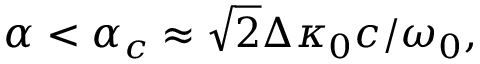
\alpha < \alpha _ { c } \approx \sqrt { 2 } \Delta \kappa _ { 0 } c / \omega _ { 0 } ,